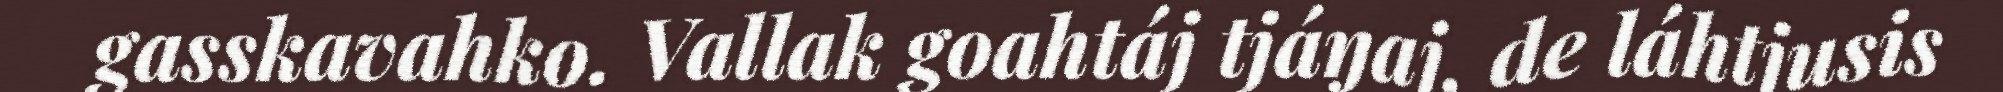
gasskavahko. Vallak goahtáj tjáŋaj, de láhtjusis